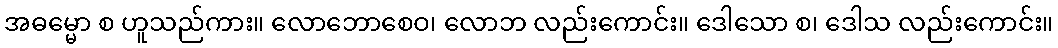
အဓမ္မော စ ဟူသည်ကား။ လောဘောစေဝ၊ လောဘ လည်းကောင်း။ ဒေါသော စ၊ ဒေါသ လည်းကောင်း။